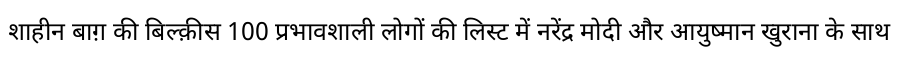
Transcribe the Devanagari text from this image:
शाहीन बाग़ की बिल्क़ीस 100 प्रभावशाली लोगों की लिस्ट में नरेंद्र मोदी और आयुष्मान खुराना के साथ